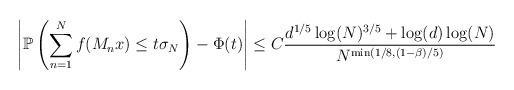
LaTeX: \begin{align*} \left|\mathbb{P}\left(\sum_{n=1}^Nf(M_nx)\leq t\sigma_N\right)-\Phi(t)\right|\leq C\frac{d^{1/5}\log(N)^{3/5}+\log(d)\log(N)}{N^{\min(1/8,(1-\beta)/5)}}\end{align*}